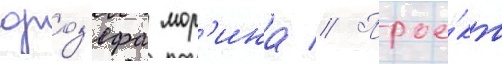
джоз'ефа мор'ина // Прое́кт